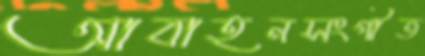
আবাহনসংগীত